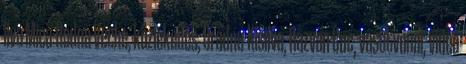
Ilva Mica-Rodna Veche, közlekedés, Óradna-Kisilva, Razvan Cuc, vasútvonal, videó